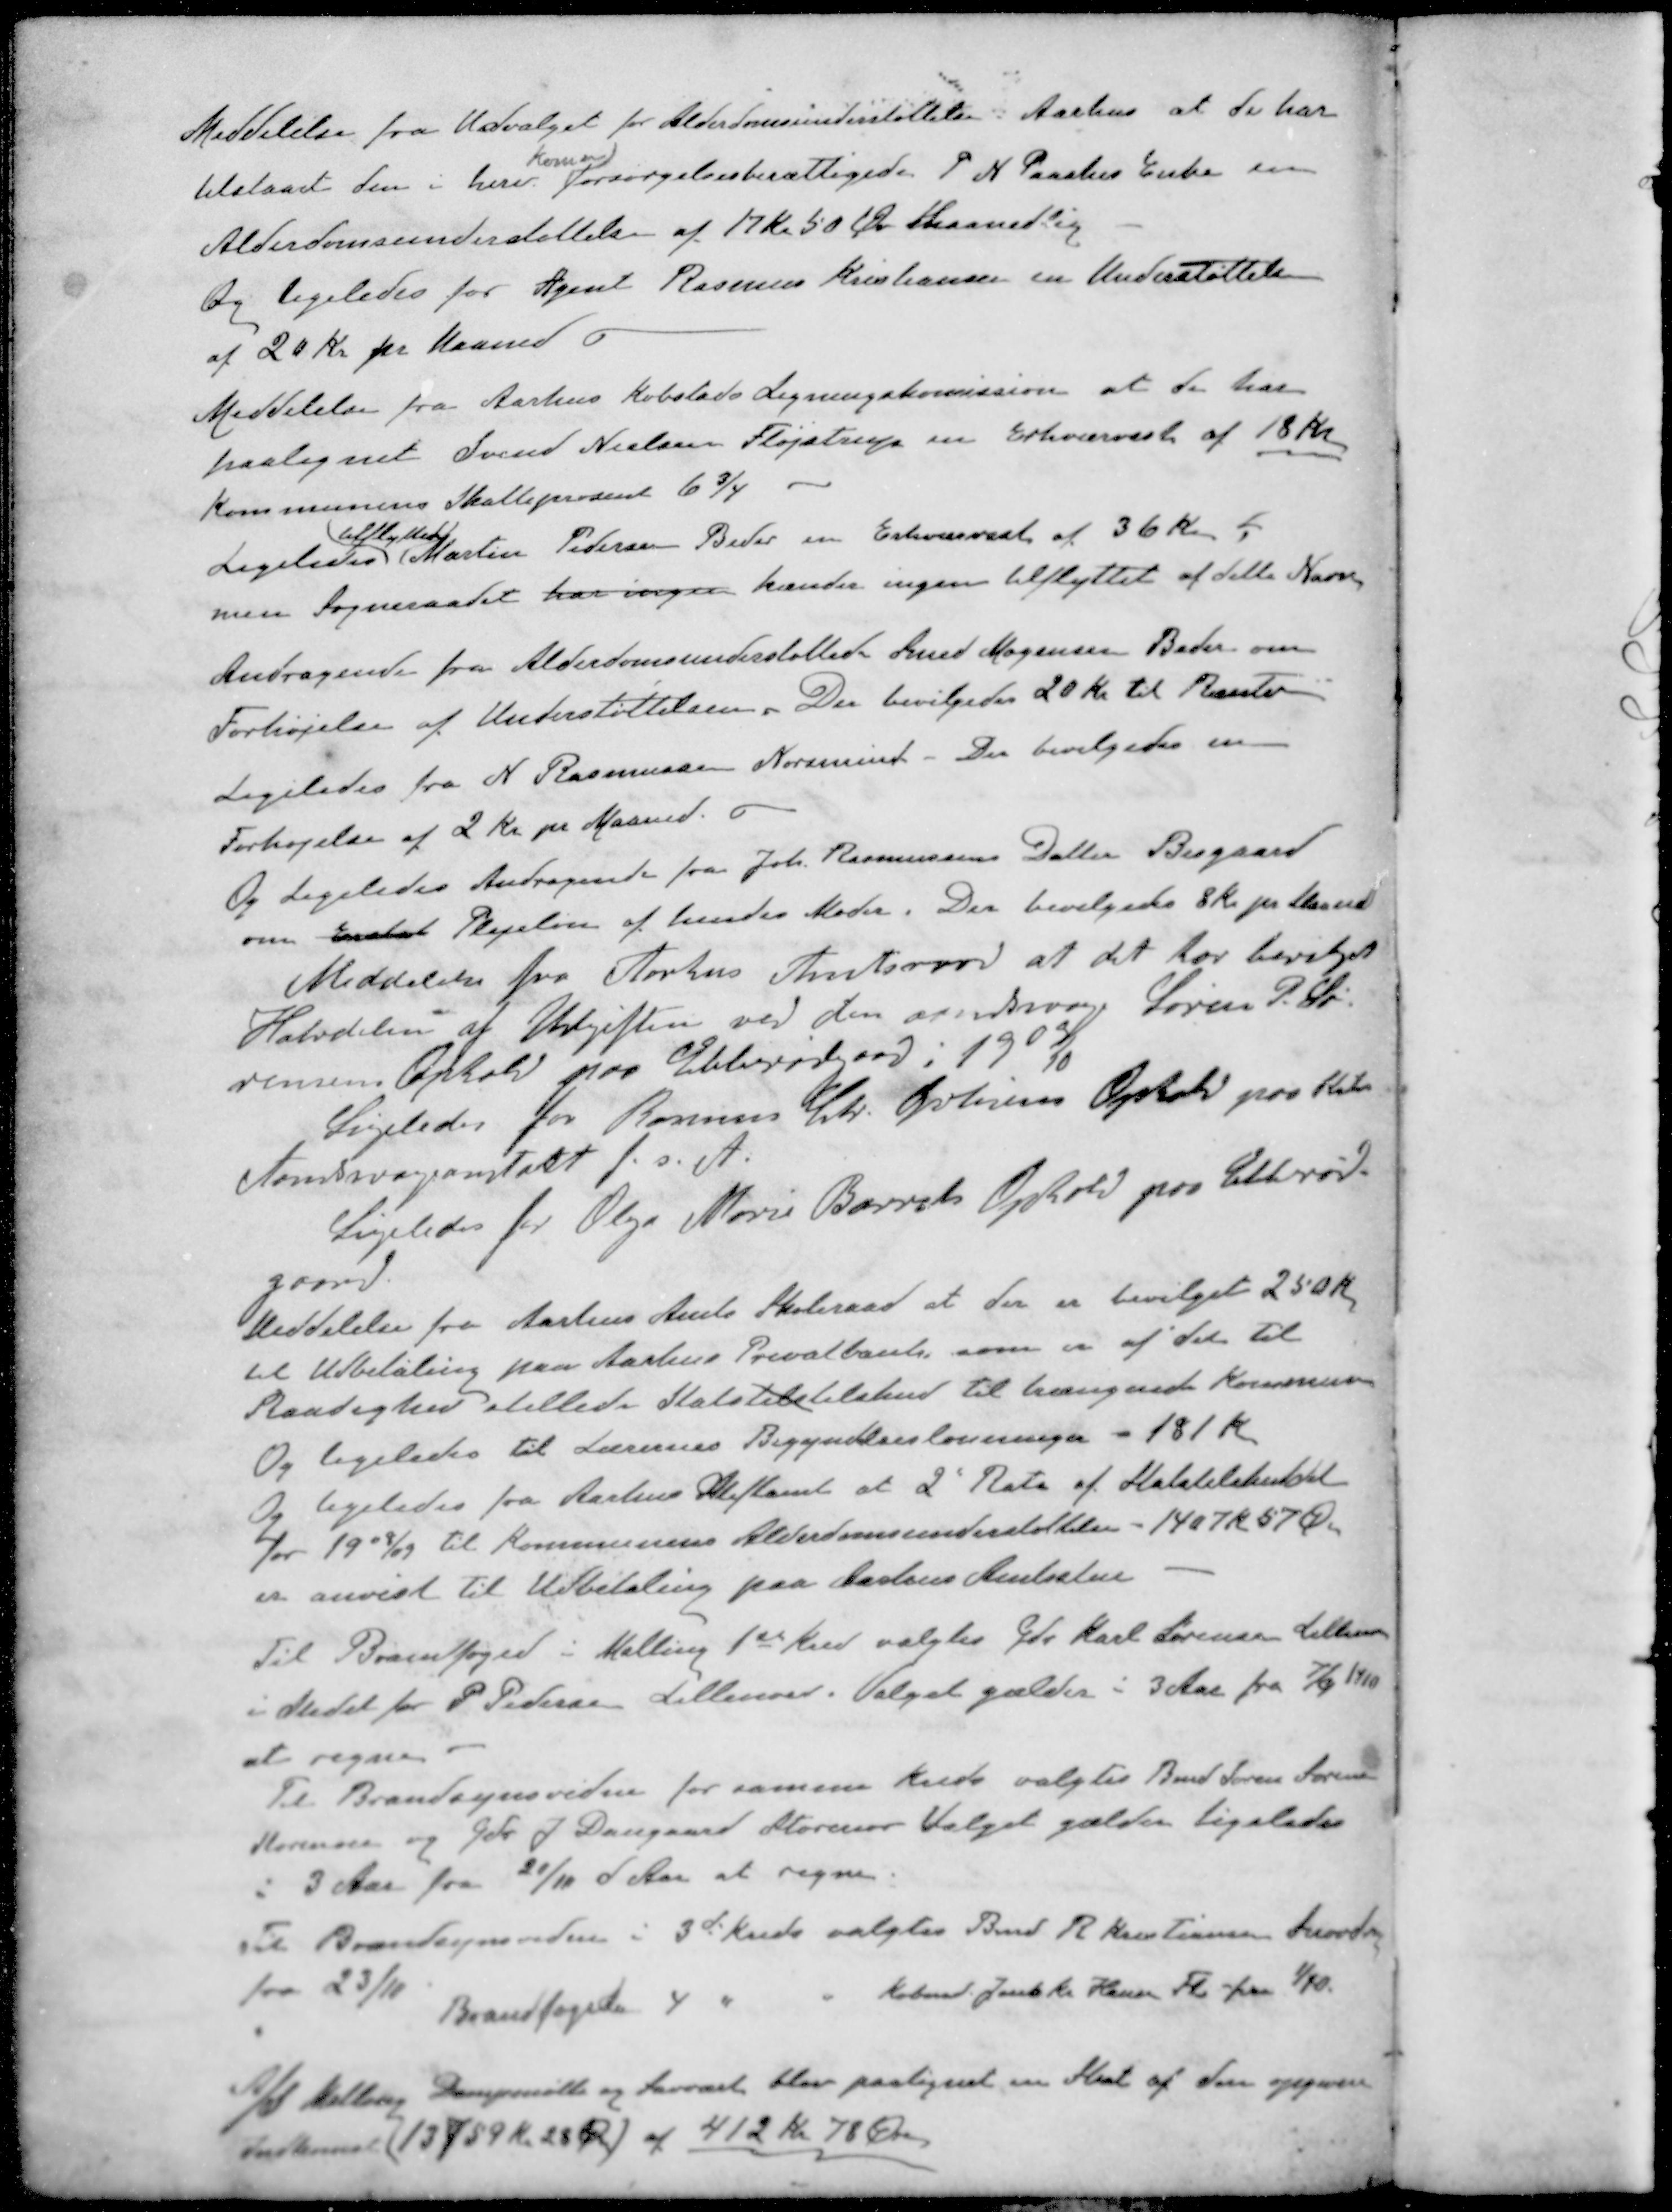
Transskription:
Meddelelse fra Udvalget for Alderdomsunderstøttelse i Aarhus at de har
Komm
tilstaaet den i herv. Forsørgelsesberettigede P. N. Paaskes Enke en
Alderdomsunderstøttelse af 17 Kr. 50 Øre Maanedlig
og ligeledes for Agent Rasmus Kristiansen en Understøttelse
af 20 Kr pr Maaned o
Meddelelse fra Aarhus Købstads Ligningskomission at de har
paalignet Svend Nielsen Fløjstrup en Erhvervest af 18 Kr
Kommunens Skatteprocent 6 3/4
tilflyttede
Ligeledes Martin Pedersen Beder en Erhvervvest af 36 Kr 
men Sogneraadet har ingen kender ingen tilflyttet af dette Navn
Andragende fra Alderdomsunderstøttede Smed Mogensen Beder om
Forhøjelse af Understøttelsen. Der bevilgedes 20 Kr. til Renter
Ligeledes fra N Rasmussen Norsminde. Der bevilgedes en
Forhøjelse af 2 Kr pr Maaned
Og Ligeledes Andragende fra Joh. Rasmussens Datter Bisgaard
om Erstat Plejeløn af hendes Moder. Der bevilgedes 8 Kr pr Maaned
Meddelelse fra Aarhus Amtsraad at det har bevilget
Halvdelen af Udgiften ved den aandssvage Søren P. Sø-
rensens Ophold paa Ebberødgaad 1909/10
Ligeledes for Rasmus Chr. Øvlisens Ophold paa Kel
Aandssvageanstalt f. s. A.
Ligeledes for Olga Marie Barrets Ophold paa Ebberød.
gaard.
Meddelelse fra Aarhus Amts Skoleraad at der er bevilget 250 Kr
til Udbetaling paa Aarhus Privatbank, som en af det til
Raadighed stillede Statstilstilskud til trængende Kommuner
Og ligeledes til Lærernes Begyndelseslønningen - 181 Kr
Og ligeledes fra Aarhus Stiftamt af 2' Rate af Statstilskuddet
for 1908/09 til Kommunens Alderdomsunderstøttelse - 1407 Kr. 57 Ø
er anvist til Udbetaling paa Aarhus Amtsstue
Til Brandfoged i Malling 1ste Kred valgtes Gdr Karl Sørensen Lillenor
i Stedet for P Pedersen Lillenor. Valget gælder i 3 Aar fra 7/9 1910
at regne.
Til Brandsynsvidne for samme Kreds valgtes Bend Søren Sørensen
Storenor og Gdr. J. Daugaard Storenor Valget gælder ligeledes
i 3 Aar fra 20/10 d Aar at regne.
Til Brandsynsvidne i 3de Kreds valgtes Bend R. Kristiansen Snovdrup
fra 23/10
Brandfoged 4 " " Købmd. Juul Hansen Fl. fra 1/10.
A/S Malling Dampmølle og Savværk blev paalignet en Skat af den opgive
Indkomst (13759 Kr 20 Øre af 412 Kr. 78 Øre